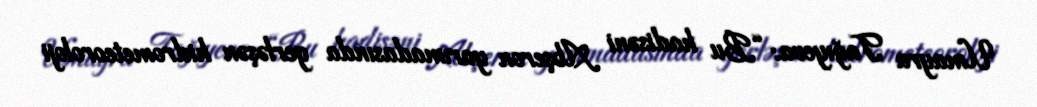
Umayra Tağıyeva: “Bu hadisəni Abşeron yarımadasında yerləşən hidrometeoroloji